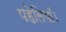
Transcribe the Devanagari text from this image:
पहेलियाँ।